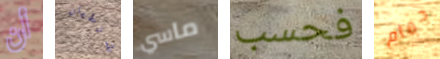
أن شرطيان ماسي فحسب حمام